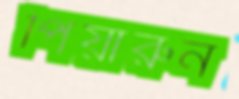
পিয়ারুন